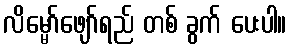
လိမ္မော်ဖျော်ရည် တစ် ခွက် ပေးပါ။